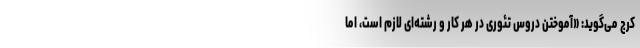
کرج می‌گوید: «آموختن دروس تئوری در هر کار و رشته‌ای لازم است، اما